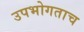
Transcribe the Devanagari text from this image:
उपभोगताच